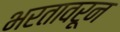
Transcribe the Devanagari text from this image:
भरतावरून